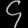
Digit: ၄